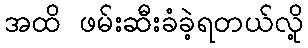
အထိ ဖမ်းဆီးခံခဲ့ရတယ်လို့